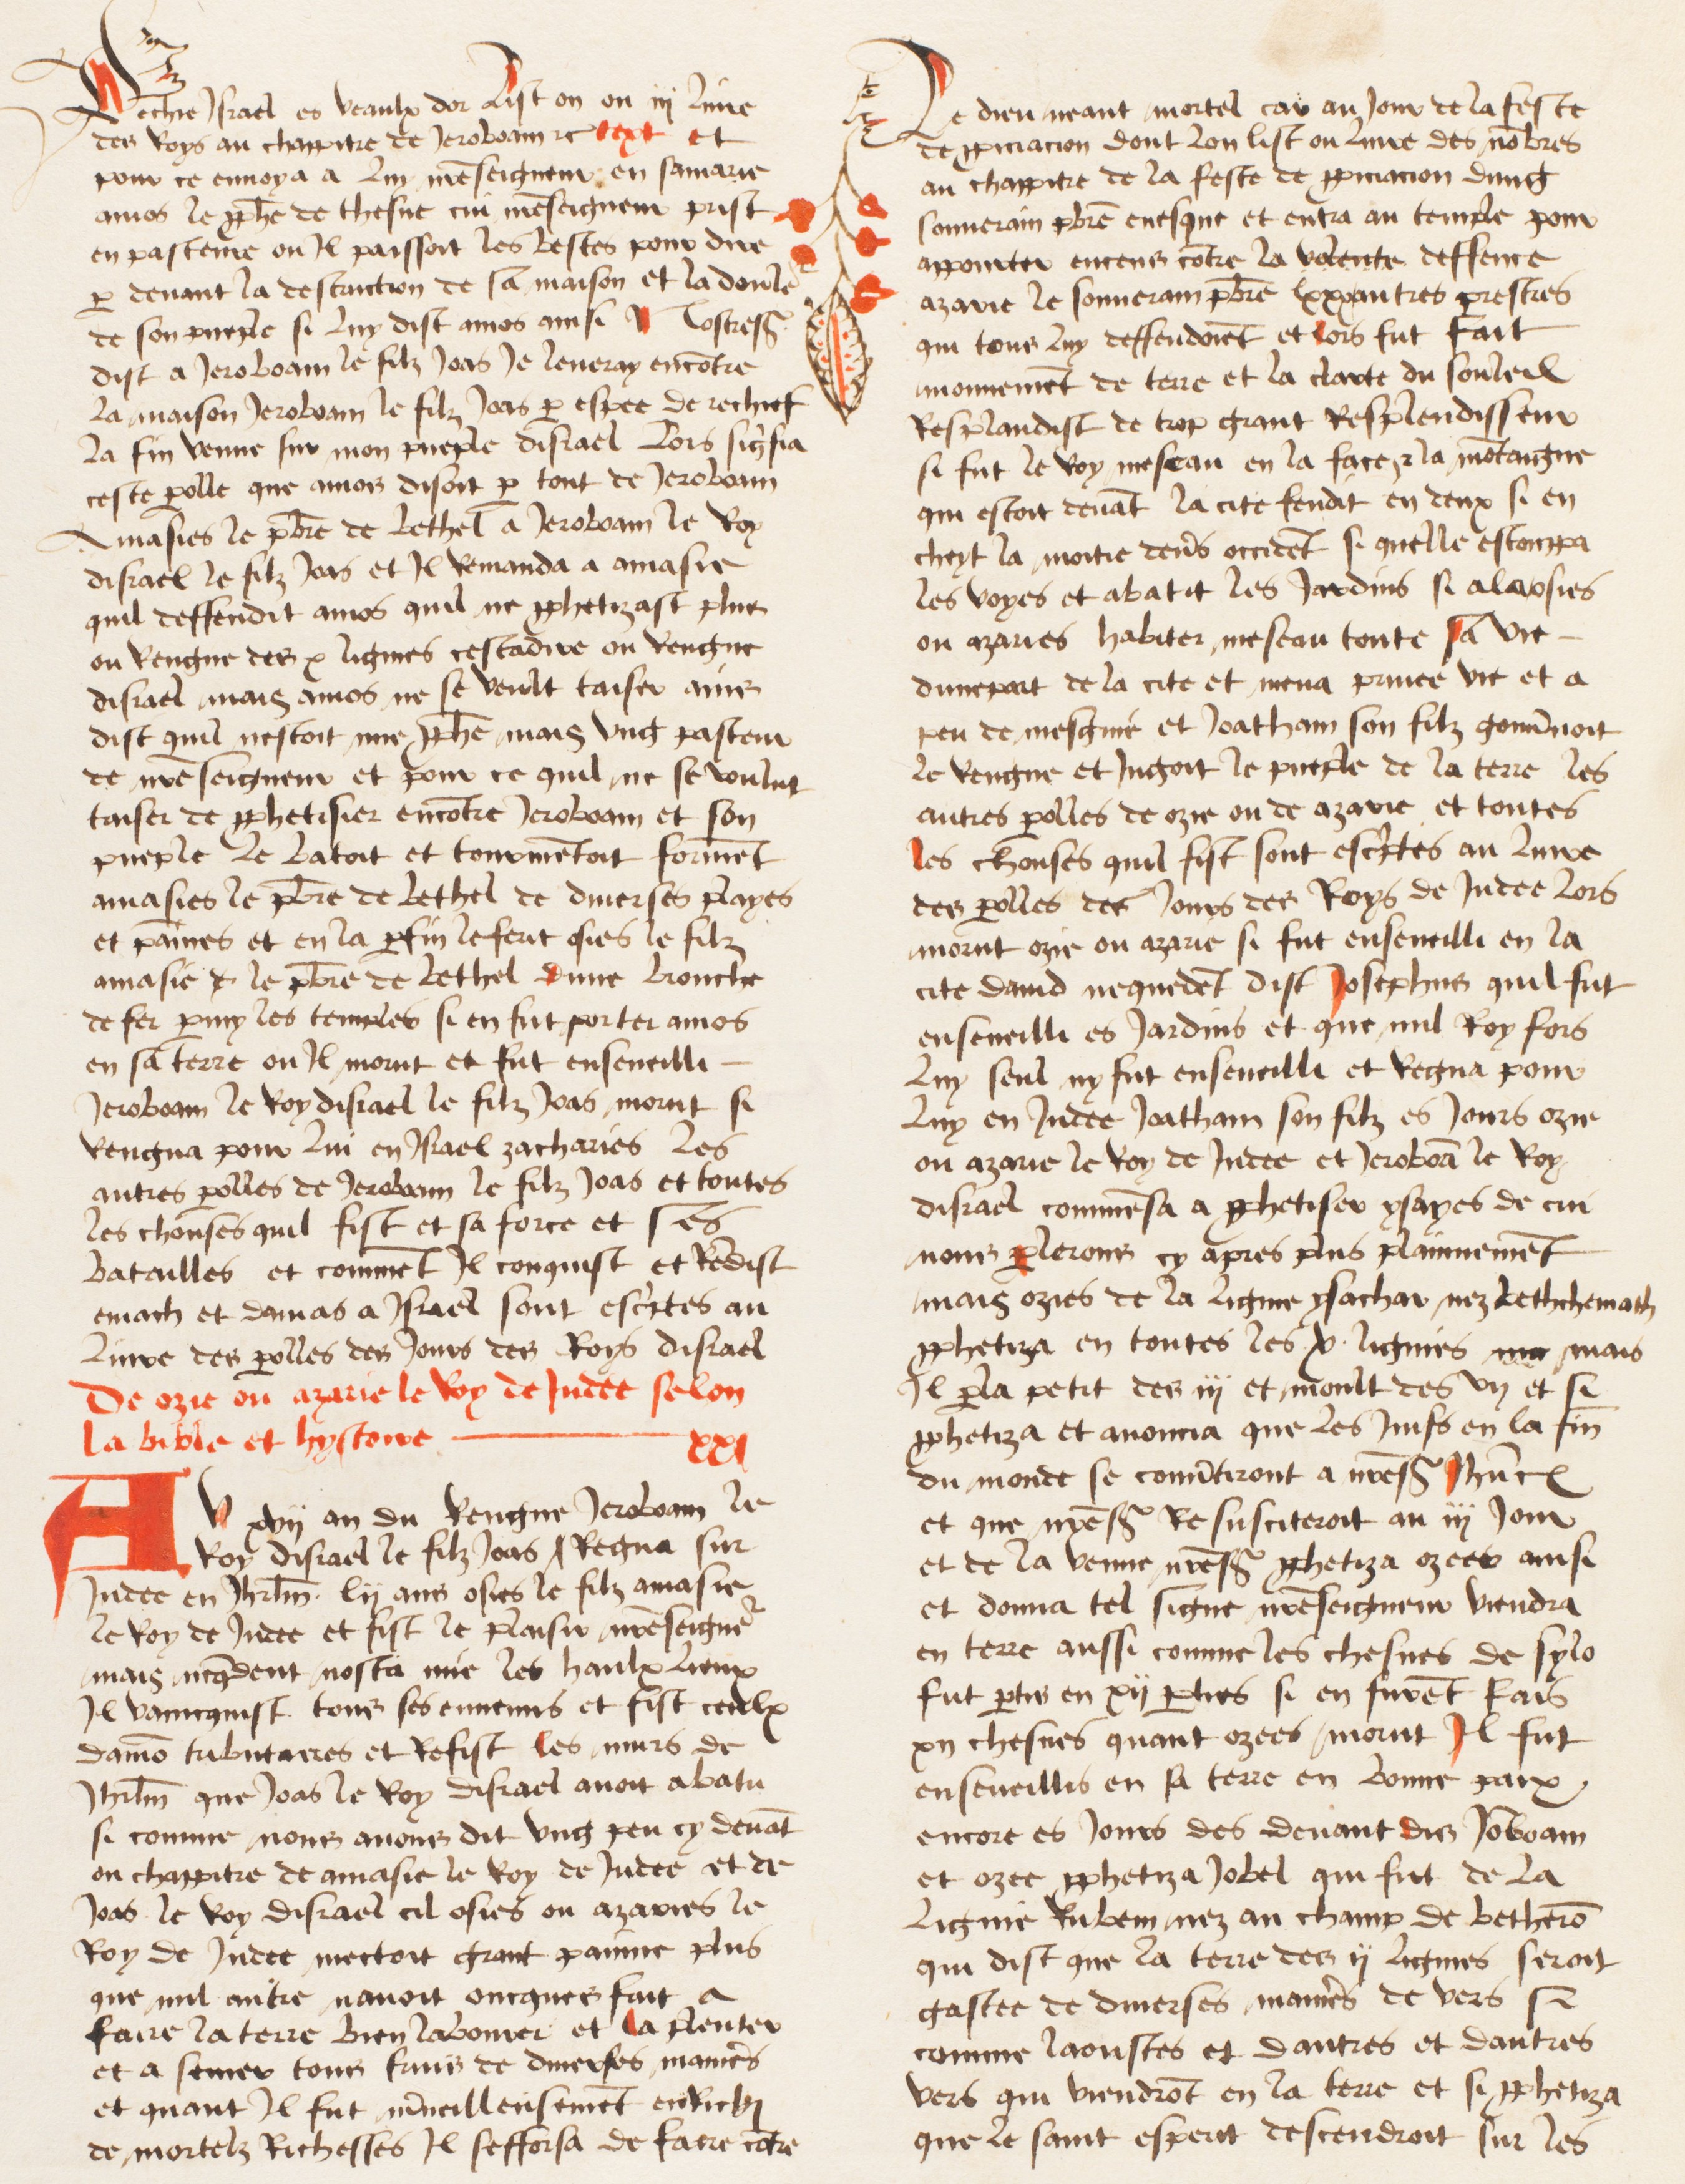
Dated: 1474–1474